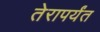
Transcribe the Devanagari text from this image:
तेरापर्यंत